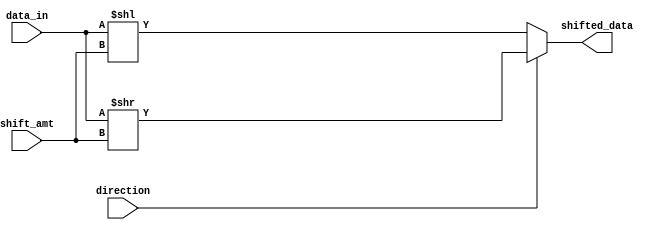
module Barrel_Shifter(
    input [31:0] data_in,
    input [4:0] shift_amt,
    input direction, // 0 for left shift, 1 for right shift
    output reg [31:0] shifted_data
);

always @(*) begin
    if(direction == 0) begin
        shifted_data = data_in << shift_amt;
    end else begin
        shifted_data = data_in >> shift_amt;
    end
end

endmodule